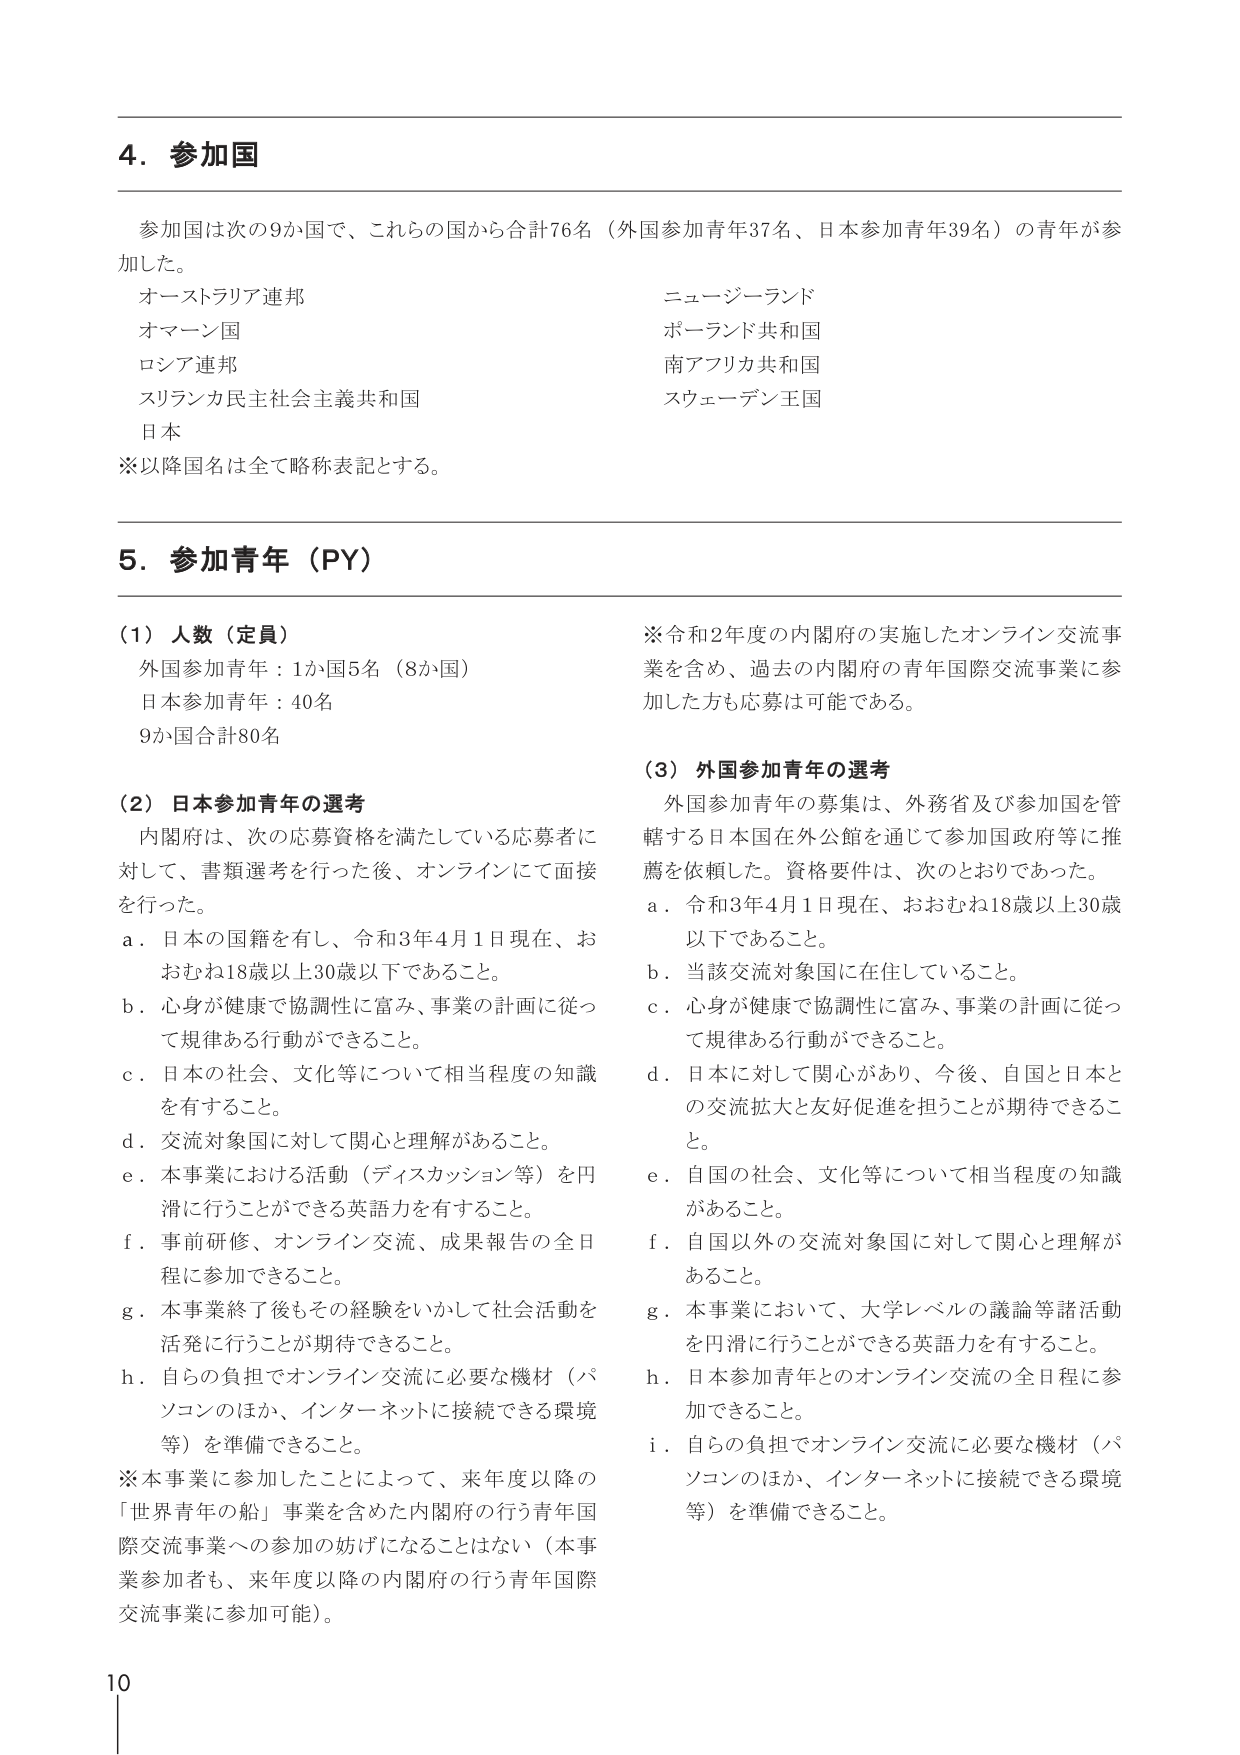
4. 参加国

参加国は次の9か国で、これらの国から合計76名（外国参加青年37名、日本参加青年39名）の青年が参加した。

オーストラリア連邦
オマーン国
ロシア連邦
スリランカ民主社会主義共和国
日本

ニュージーランド
ポーランド共和国
南アフリカ共和国
スウェーデン王国

※以降国名は全て略称表記とする。

5. 参加青年（PY）

（1）人数（定員）
外国参加青年：1か国5名（8か国）
日本参加青年：40名
9か国合計80名

（2）日本参加青年の選考
内閣府は、次の応募資格を満たしている応募者に対して、書類選考を行った後、オンラインにて面接を行った。
a．日本の国籍を有し、令和3年4月1日現在、おおむね18歳以上30歳以下であること。
b．心身が健康で協調性に富み、事業の計画に従って規律ある行動ができること。
c．日本の社会、文化等について相当程度の知識を有すること。
d．交流対象国に対して関心と理解があること。
e．本事業における活動（ディスカッション等）を円滑に行うことができる英語力を有すること。
f．事前研修、オンライン交流、成果報告の全日程に参加できること。
g．本事業終了後もその経験をいかして社会活動を活発に行うことが期待できること。
h．自らの負担でオンライン交流に必要な機材（パソコンのほか、インターネットに接続できる環境等）を準備できること。
※本事業に参加したことによって、来年度以降の「世界青年の船」事業を含めた内閣府の行う青年国際交流事業への参加の妨げになることはない（本事業参加者も、来年度以降の内閣府の行う青年国際交流事業に参加可能）。

※令和2年度の内閣府の実施したオンライン交流事業を含め、過去の内閣府の青年国際交流事業に参加した方も応募は可能である。

（3）外国参加青年の選考
外国参加青年の募集は、外務省及び参加国を管轄する日本国在外公館を通じて参加国政府等に推薦を依頼した。資格要件は、次のとおりであった。
a．令和3年4月1日現在、おおむね18歳以上30歳以下であること。
b．当該交流対象国に在住していること。
c．心身が健康で協調性に富み、事業の計画に従って規律ある行動ができること。
d．日本に対して関心があり、今後、自国と日本との交流拡大と友好促進を担うことが期待できること。
e．自国の社会、文化等について相当程度の知識があること。
f．自国以外の交流対象国に対して関心と理解があること。
g．本事業において、大学レベルの議論等諸活動を円滑に行うことができる英語力を有すること。
h．日本参加青年とのオンライン交流の全日程に参加できること。
i．自らの負担でオンライン交流に必要な機材（パソコンのほか、インターネットに接続できる環境等）を準備できること。

10